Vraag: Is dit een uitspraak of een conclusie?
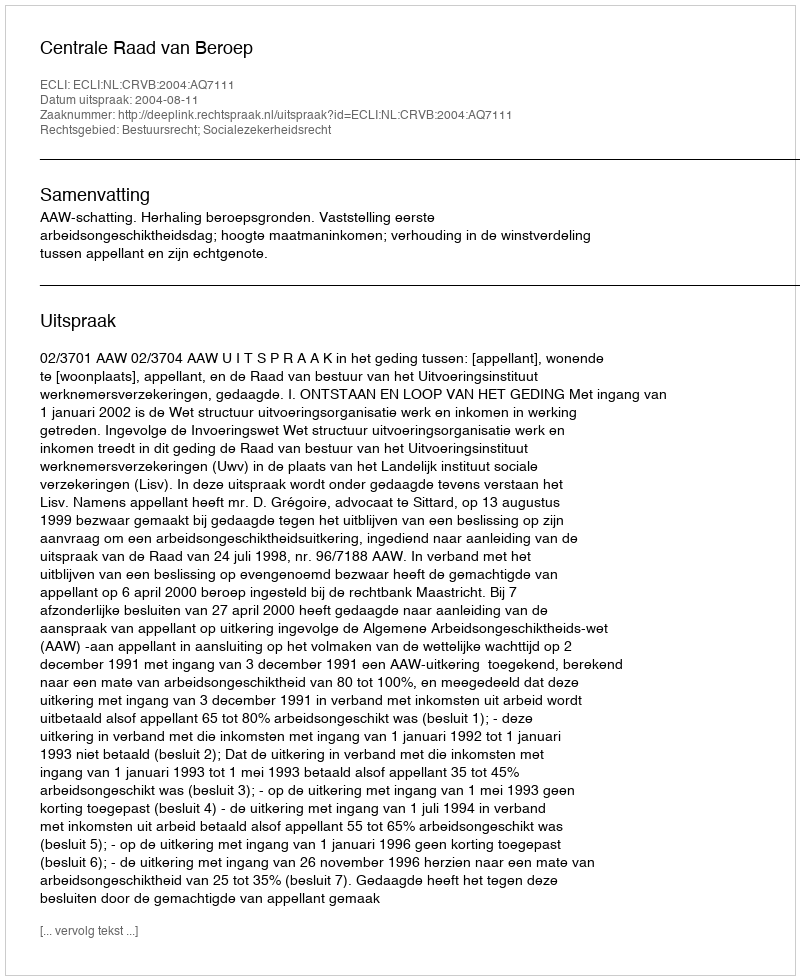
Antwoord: Uitspraak